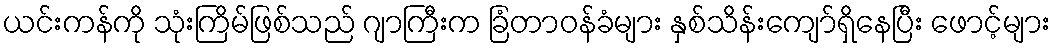
ယင်းကန်ကို သုံးကြိမ်ဖြစ်သည် ဂျာကြီးက ခြံတာဝန်ခံများ နှစ်သိန်းကျော်ရှိနေပြီး ဖောင့်များ